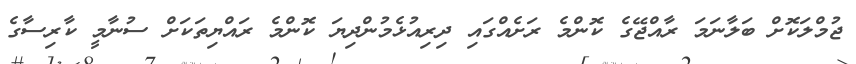
ޖުމްލަކޮށް ބަލާނަމަ ރާއްޖޭގެ ކޮންމެ ރަށެއްގައި ދިރިއުޅެމުންދިޔަ ކޮންމެ ރައްޔިތަކަށް ސުނާމީ ކާރިސާގެ